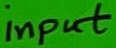
Text: input